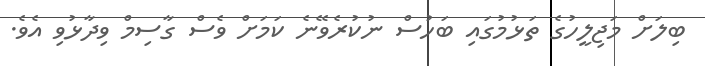
ބިލަށް މަޖިލީހުގެ ތަޅުމުގައި ބަހުސް ނުކުރެވޭނެ ކަމަށް ވެސް ގާސިމް ވިދާޅުވި އެވެ.